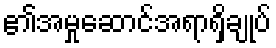
၏အမှုဆောင်အရာရှိချုပ်